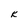
Character: k